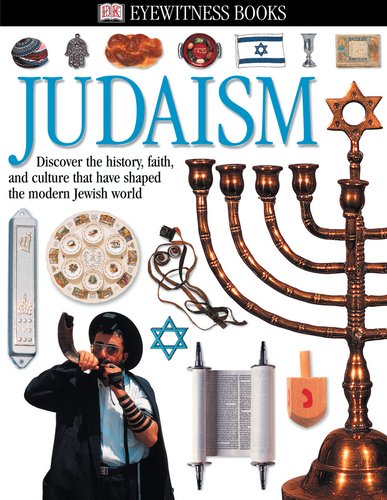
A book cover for DK Eyewitness Books: Judaism; DK Publishing; Children's Books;